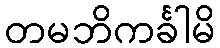
တမဘိကင်္ခါမိ